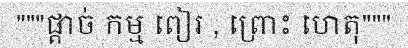
"""ផ្តាច់ កម្ម ពៀរ , ព្រោះ ហេតុ"""